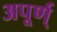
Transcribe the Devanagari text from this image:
अपूर्ण्‌